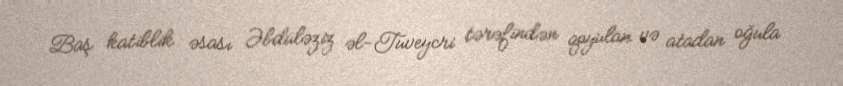
Baş katiblik əsası Əbdüləziz əl-Tuveycri tərəfindən qoyulan və atadan oğula